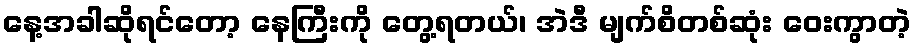
နေ့အခါဆိုရင်တော့ နေကြီးကို တွေ့ရတယ်၊ အဲဒီ မျက်စိတစ်ဆုံး ဝေးကွာတဲ့